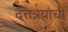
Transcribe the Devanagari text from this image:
दत्तत्रयांची